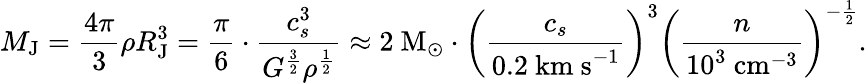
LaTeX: M_{\mathrm{J}}={\frac{4\pi}{3}}\rho R_{\mathrm{J}}^{3}={\frac{\pi}{6}}\cdot{\frac{c_{s}^{3}}{G^{\frac{3}{2}}\rho^{\frac{1}{2}}}}\approx 2{\mathrm{~M}}_{\odot}\cdot\left({\frac{c_{s}}{0.2{\mathrm{~km~s}}^{-1}}}\right)^{3}\left({\frac{n}{10^{3}{\mathrm{~cm}}^{-3}}}\right)^{-{\frac{1}{2}}}.